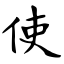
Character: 使